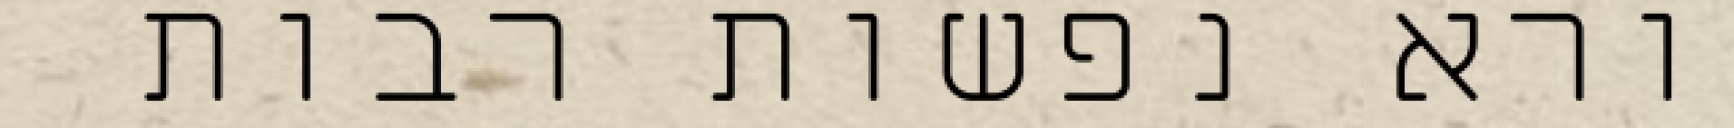
בורא נפשות רבות